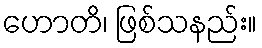
ဟောတိ၊ ဖြစ်သနည်း။